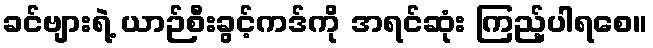
ခင်ဗျားရဲ့ ယာဉ်စီးခွင့်ကဒ်ကို အရင်ဆုံး ကြည့်ပါရစေ။